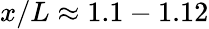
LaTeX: x/L\approx 1.1-1.12